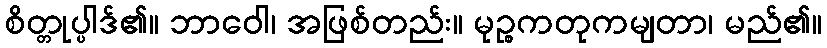
စိတ္တုပ္ပါဒ်၏။ ဘာဝေါ၊ အဖြစ်တည်း။ မုဉ္စကတုကမျတာ၊ မည်၏။